Scientific memoirs by medical officers of the Army of India - Part IV,
Year: 1889
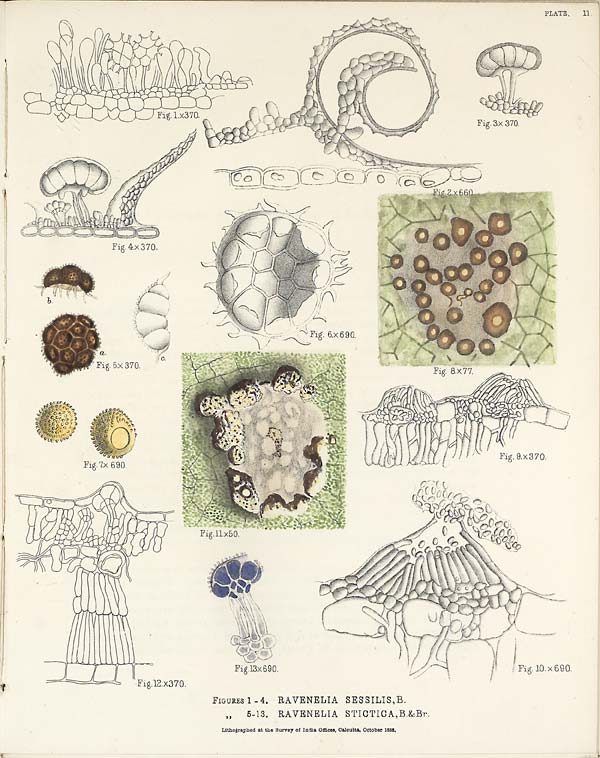
PLATE. II.
FIGURES 1 - 4. RAVENELIA SESSILIS, B.
Lithographed at the Survey of India Offices, Calcutta, October 1888.